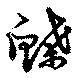
鰈